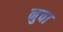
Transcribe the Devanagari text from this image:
नुचा